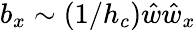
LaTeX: b_{x}\sim(1/h_{c})\hat{w}\hat{w}_{x}